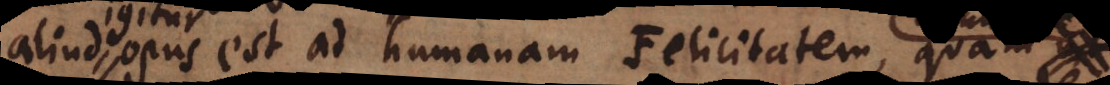
aliud opus est ad humanam Felicitatem, quam ut